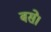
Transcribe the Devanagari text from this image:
बसेे।